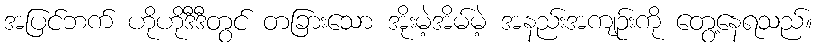
အပြင်ဘက် ဟိုဟိုဒီဒီတွင် တခြားသော အိုးမဲ့အိမ်မဲ့ အနည်းအကျဉ်းကို တွေ့နေရသည်။